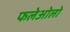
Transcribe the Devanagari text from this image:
फलेओलो